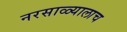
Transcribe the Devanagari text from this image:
नरसाळ्यालाच